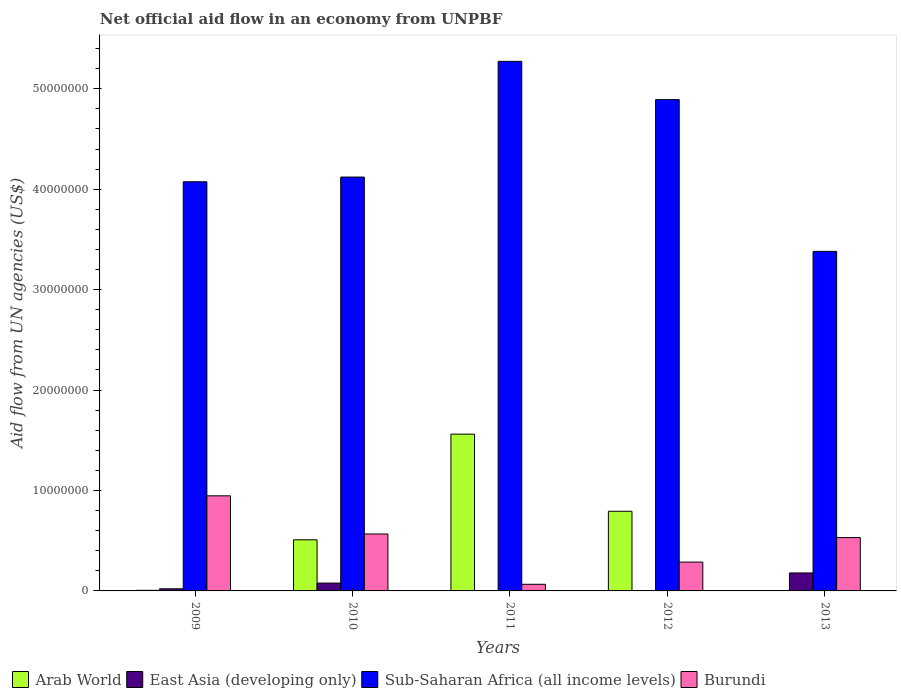
| Years | Arab World | East Asia (developing only) | Sub-Saharan Africa (all income levels) | Burundi |
 | --- | --- | --- | --- | --- |
 | 2009 | 6e+04 | 2.1e+05 | 4.07e+07 | 9.47e+06 |
 | 2010 | 5.09e+06 | 7.8e+05 | 4.12e+07 | 5.67e+06 |
 | 2011 | 1.56e+07 | 1e+04 | 5.27e+07 | 6.6e+05 |
 | 2012 | 7.93e+06 | 2e+04 | 4.89e+07 | 2.87e+06 |
 | 2013 | -1e+04 | 1.79e+06 | 3.38e+07 | 5.31e+06 |